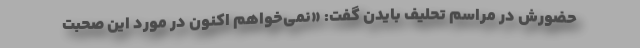
حضورش در مراسم تحلیف بایدن گفت: «نمی‌خواهم اکنون در مورد این صحبت